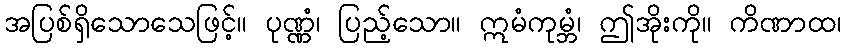
အပြစ်ရှိသောသေဖြင့်။ ပုဏ္ဏံ၊ ပြည့်သော။ ဣမံကုမ္ဘံ၊ ဤအိုးကို။ ကိဏာထ၊